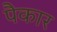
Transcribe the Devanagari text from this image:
पैकार